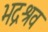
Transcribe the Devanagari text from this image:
भद्रश्रव